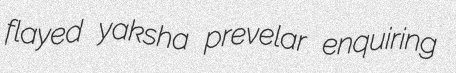
flayed yaksha prevelar enquiring